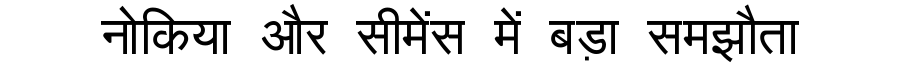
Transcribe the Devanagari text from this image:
नोकिया और सीमेंस में बड़ा समझौता